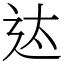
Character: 迏